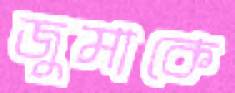
জুমাকে